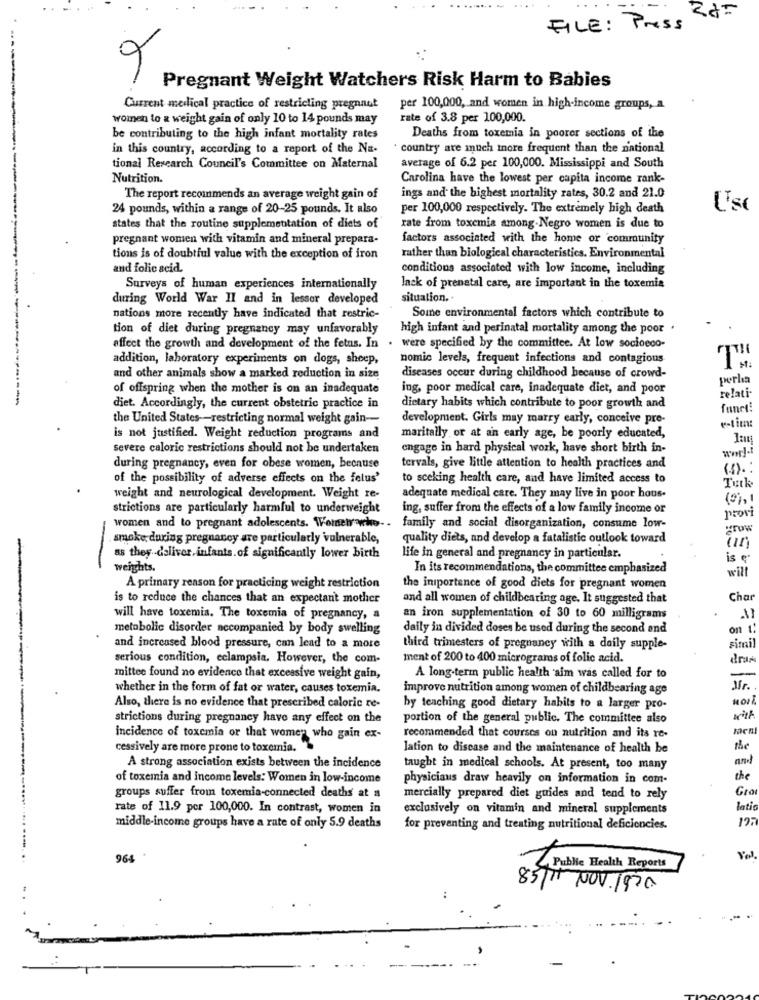
FILE: Press
Pregnant Weight Watchers Risk Harm to Babies
Current medical practice of restricting pregnant
per 100,000, and women in high-income groups, a
women to a weight gain of only 10 to 14 pounds may
rate of 3.8 per 100,000.
be contributing to the high infant mortality rates
Deaths from toxemia in poorer sections of the
in this country, according to a report of the Na-
country are much more frequent than the national
tional Research Council's Committee on Maternal
average of 6.2 per 100,000. Mississippi and South
Nutrition.
Carolina have the lowest per capita income rank-
The report recommends an average weight gain of
ings and the highest mortality rates, 30.2 and 21.0
24 pounds, within a range of 20-25 pounds. It also
per 100,000 respectively. The extremely high death
Ust
states that the routine supplementation of diets of
rate from toxemia among.Negro women is due to
pregnant women with vitamin and mineral prepara-
factors associated with the home or community
tions is of doubtful value with the exception of iron
rather than biological characteristics. Environmental
and folic acid.
conditions associated with low income, including
Surveys of human experiences internationally
lack of prenatal care, are important in the toxemia
during World War II and in lessor developed
situation."
nations more recently have indicated that restric-
Some environmental factors which contribute to
tion of diet during pregnancy may unfavorably
high infant and perinatal mortality among the poor .
affect the growth and development of the fetus. In . were specified by the committee. At low socioeco-
addition, laboratory experiments on dogs, sheep,
nomic levels, frequent infections and contagious
and other animals show a marked reduction in size
diseases occur during childhood because of crowd-
perla
of offspring when the mother is on an inadequate
ing, poor medical care, inadequate diet, and poor
-
relati-
diet. Accordingly, the current obstetric practice in
dietary habits which contribute to poor growth and
fanet!
the United States -- restricting normal weight gain-
development. Girls may marry early, conceive pre-
e-tient
is not justified. Weight reduction programs and
maritally or at an early age, be poorly educated,
severe caloric restrictions should not be undertaken
engage in hard physical work, have short birth in-
during pregnancy, even for obese women, because
tervals, give little attention to health practices and
(5). :
of the possibility of adverse effects on the felus'
to sceking health care, and have limited access to
weight and neurological development. Weight re-
adequate medical care. They may live in poor hous.
strictions are particularly harmful to underweight
ing, suffer from the effects of a low family income or
provi
women and to pregnant adolescents. Women who- .
family and social disorganization, consume low-
. smoke during pregnancy are particularly 'vulnerable,
quality diets, and develop a fatalistic outlook toward
as they d'sliver. infants. of significantly lower birth
life in general and pregnancy in particular.
is e.
-
weights.
In its recommendations, the committee emphasized
will
A primary reason for practicing weight restriction
the iniportence of good diets for pregnant women
is to reduce the chances that an expectant mother
and all women of childbearing age. It suggested that
Char
will have toxemia. The toxemia of pregnancy, a
an iron supplementation of 30 to 60 milligrams
metabolic disorder accompanied by body swelling
daily in divided doses be used during the second and
on 1:
and increased blood pressure, can lead to a more
third trimesters of pregnancy with a daily supple-
simail
serious condition, eclampsia. However, the com-
ment of 200 to 400 microgramos of folic acid.
drar
mittee found no evidence that excessive weight gain,
A long-term public health aim was called for to
whether in the form of fat or water, causes toxemia.
improve nutrition among women of childbearing age
Mr.
Also, there is no evidence that prescribed caloric re-
by teaching good dietary habits to a larger pro-
strictions during pregnancy have any effect on the
portion of the general public. The committee also
with
Incidence of toxemia or that women who gain ex-
recommended that courses on nutrition and its re-
cessively are more prone to toxemia.
lation to disease and the maintenance of health be
the
A strong association exists between the incidence
taught in medical schools. At present, too many
of toxemia and income levels: Women in low-income
physicians draw heavily on information in com-
the
Gra
groups suffer from toxemia-connected deaths at
mercially prepared diet guides and tend to rely
rate of 11.9 per 100,000. In contrast, women in
exclusively on vitamin and mineral supplements
lati
197
middle-income groups have a rate of only 5.9 deaths
for preventing and treating nutritional deficiencies.
964
Yel
Public Health Reports
85/11 NOV.1970
..